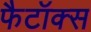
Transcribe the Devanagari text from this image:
फैटॉक्स